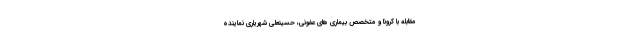
مقابله با کرونا و متخصص بیماری های عفونی، حسینعلی شهریاری نماینده